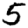
Digit: 5